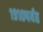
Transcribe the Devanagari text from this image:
१९१०पर्यंत